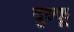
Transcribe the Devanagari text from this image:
दुल्कू